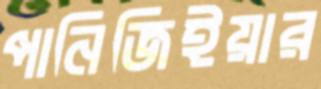
পানিজিইয়ার